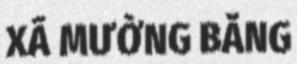
XÃ MƯỜNG BẰNG